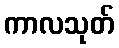
ကာလသုတ်